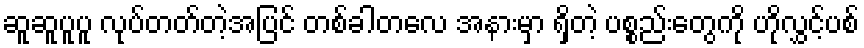
ဆူဆူပူပူ လုပ်တတ်တဲ့အပြင် တစ်ခါတလေ အနားမှာ ရှိတဲ့ ပစ္စည်းတွေကို ဟိုလွှင့်ပစ်